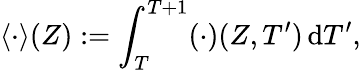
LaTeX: \langle\cdot\rangle(Z):=\int_{T}^{T+1}(\cdot)(Z,T^{\prime})\, \mathrm{d}T^{\prime},